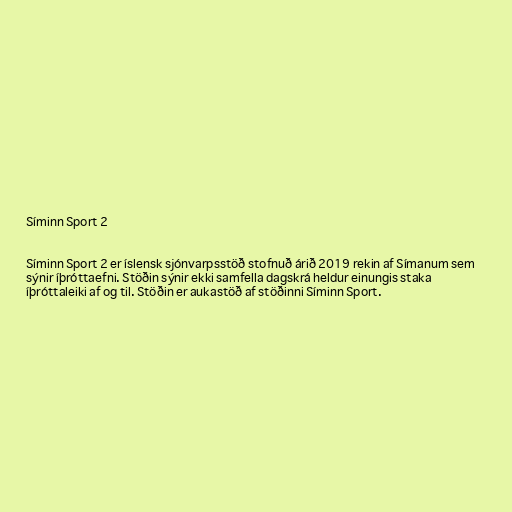
Síminn Sport 2

Síminn Sport 2 er íslensk sjónvarpsstöð stofnuð árið 2019 rekin af Símanum sem
sýnir íþróttaefni. Stöðin sýnir ekki samfella dagskrá heldur einungis staka
íþróttaleiki af og til. Stöðin er aukastöð af stöðinni Síminn Sport.